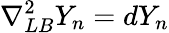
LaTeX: \nabla_{LB}^{2}Y_{n}=dY_{n}